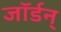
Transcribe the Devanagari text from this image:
जॉर्डन्